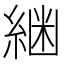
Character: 𮈟